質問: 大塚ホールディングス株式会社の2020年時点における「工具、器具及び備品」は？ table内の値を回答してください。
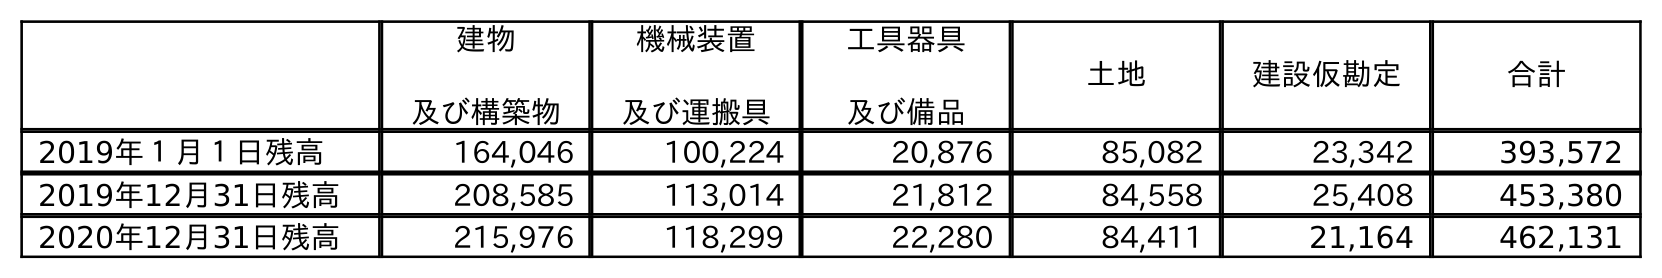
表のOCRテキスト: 建物 及び構築物 機械装置 及び運搬具 工具器具 及び備品 土地 建設仮勘定 合計 2019年１月１日残高 164,046 100,224 20,876 85,082 23,342 393,572 2019年12月31日残高 208,585 113,014 21,812 84,558 25,408 453,380 2020年12月31日残高 215,976 118,299 22,280 84,411 21,164 462,131
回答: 22,280